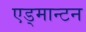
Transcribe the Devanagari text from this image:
एड्मान्टन